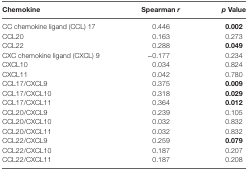
<table><thead><tr><td><b>Chemokine</b></td><td><b>Spearman <i>r</i></b></td><td><b><i>p</i> Value</b></td></tr></thead><tbody><tr><td>CC chemokine ligand (CCL) 17</td><td>0.446</td><td><b>0.002</b></td></tr><tr><td>CCL20</td><td>0.163</td><td>0.273</td></tr><tr><td>CCL22</td><td>0.288</td><td><b>0.049</b></td></tr><tr><td>CXC chemokine ligand (CXCL) 9</td><td>−0.177</td><td>0.234</td></tr><tr><td>CXCL10</td><td>0.034</td><td>0.824</td></tr><tr><td>CXCL11</td><td>0.042</td><td>0.780</td></tr><tr><td>CCL17/CXCL9</td><td>0.375</td><td><b>0.009</b></td></tr><tr><td>CCL17/CXCL10</td><td>0.318</td><td><b>0.029</b></td></tr><tr><td>CCL17/CXCL11</td><td>0.364</td><td><b>0.012</b></td></tr><tr><td>CCL20/CXCL9</td><td>0.239</td><td>0.105</td></tr><tr><td>CCL20/CXCL10</td><td>0.032</td><td>0.832</td></tr><tr><td>CCL20/CXCL11</td><td>0.032</td><td>0.832</td></tr><tr><td>CCL22/CXCL9</td><td>0.259</td><td><b>0.079</b></td></tr><tr><td>CCL22/CXCL10</td><td>0.187</td><td>0.207</td></tr><tr><td>CCL22/CXCL11</td><td>0.187</td><td>0.208</td></tr></tbody></table>